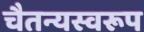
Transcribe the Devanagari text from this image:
चैतन्यस्वरूप